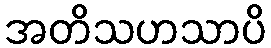
အတိသဟသာပိ